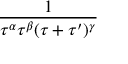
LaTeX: \frac { 1 } { \tau ^ { \alpha } \tau ^ { \beta } ( \tau + \tau ^ { \prime } ) ^ { \gamma } }